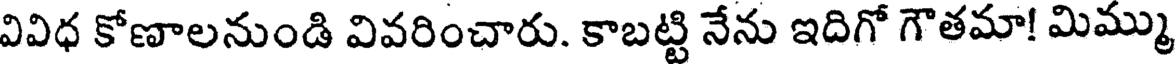
వివిధ కోణాలనుండి వివరించారు. కాబట్టి నేను ఇదిగో గౌతమా! మిమ్ము